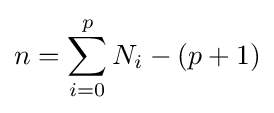
n=\sum _{i=0}^{p}N_{i}-(p+1)